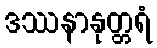
ဒဿနာနုတ္တရံ